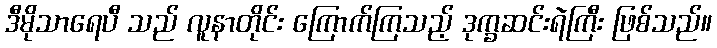
ဒီမိုသာရေပီ သည် လူနာတိုင်း ကြောက်ကြသည့် ဒုက္ခဆင်းရဲကြီး ဖြစ်သည်။